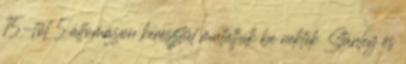
15-től 5 állomáson keresztül mutatjuk be nektek Stanley és